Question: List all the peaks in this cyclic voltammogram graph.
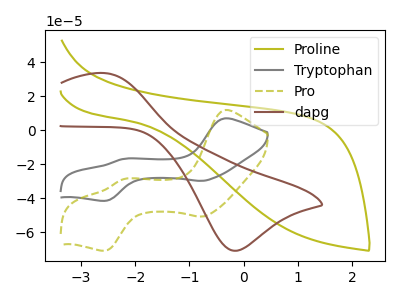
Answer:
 <answer>The olive curve "Proline" has no peaks. The gray curve "Tryptophan" has anodic peaks at (-0.35V, 6.95uA) (-2.20V, -16.90uA) and cathodic peaks at (-0.75V, -29.80uA) (-2.55V, -41.50uA). The olive dashed curve "Pro" has anodic peaks at (-0.35V, 11.85uA) (-2.20V, -28.80uA) and cathodic peaks at (-0.75V, -50.75uA) (-2.55V, -70.80uA). The brown curve "dapg" has an anodic peak at (-2.60V, 33.60uA) and a cathodic peak at (-0.20V, -70.80uA).</answer>
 <eval></eval>